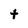
Character: t